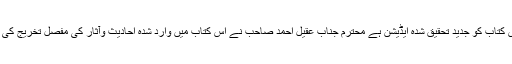
یہ اس کتاب کو جدید تحقیق شدہ ایڈیشن ہے محترم جناب عقیل احمد صاحب نے اس کتاب میں وارد شدہ احادیث وآثار کی مفصل تخریج کی ہے ۔